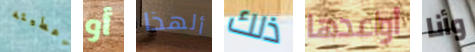
اعطيته أو ألهذا ذلك أواعدها وأنا